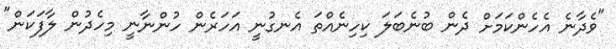
"ވެދާނެ އެހެންކަމަށް ދެން ބުނެބަލަ ކިހިނެއްތަ އެނގުނީ އަހަރެން ހުންނާނީ މިހެދުން ލާފަކަން"